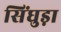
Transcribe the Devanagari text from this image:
सिंघुड़ा